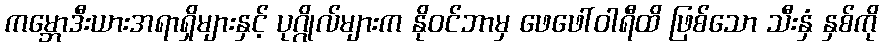
ကမ္ဘောဒီးယားအရာရှိများနှင့် ပုဂ္ဂိုလ်များက နိုဝင်ဘာမှ ဖေဖေါ်ဝါရီထိ ဖြစ်သော သီးနှံ နှစ်ကို